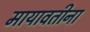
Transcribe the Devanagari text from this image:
मायावतीना